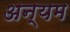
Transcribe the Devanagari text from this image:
अन्यम